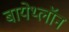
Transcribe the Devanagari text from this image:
बायेथ्लॉन